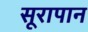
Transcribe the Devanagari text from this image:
सूरापान